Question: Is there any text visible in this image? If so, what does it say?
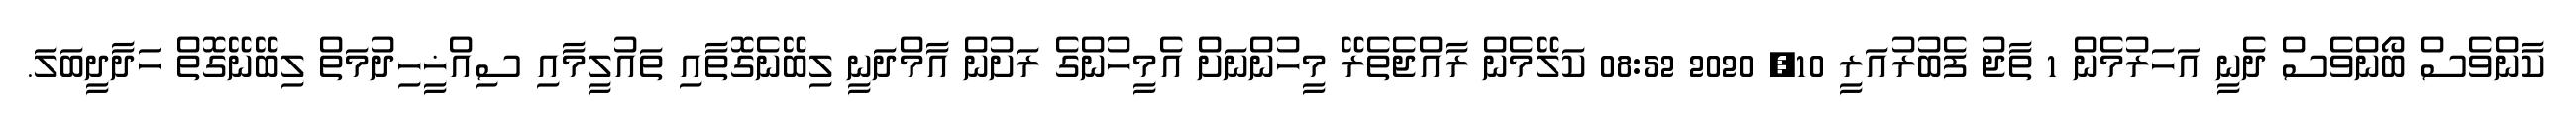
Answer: ކާންވެސް ބޯންވެސް ދެނީ އަހަރުމެން 1 ތާޖު ފެބުރުއަރީ 10, 2020 08:52 ކަލޭމެން ރާއްޖެތެރޭ މީހުންނަށް އެމީހުންގެ ރަށުން އާމްދަނީ ލިބޭނެގޮތާއި ތައުލީމާއި ސިއްޚީހިދުމަތް ލިބޭނޭގޮތް ހަދާދީބަލަ.